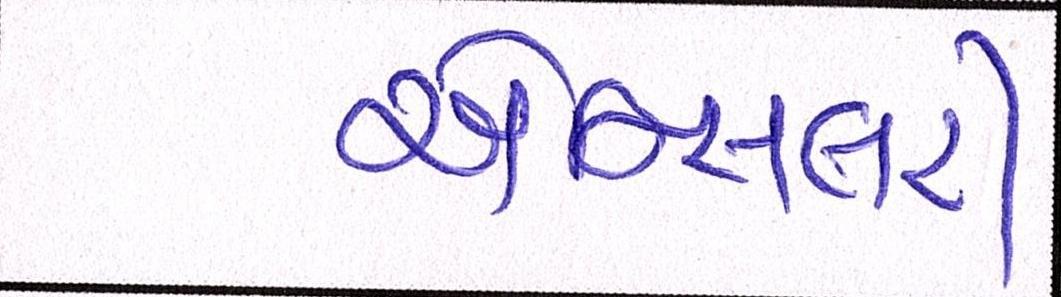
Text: એન્સિલરી